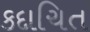
કદાચિત